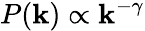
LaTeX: P(\mathbf{k})\propto\mathbf{k}^{-\gamma}